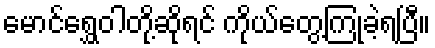
မောင်ရွှေဝါတို့ဆိုရင် ကိုယ်တွေ့ကြုံခဲ့ရပြီ။